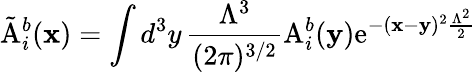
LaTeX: \tilde{\mathrm{A}}_{i}^{b}({\mathbf x})=\int d^{3}y\, {\frac{\Lambda^{3}}{(2\pi)^{3/2}}}\mathrm{A}_{i}^{b}({\mathbf y})\mathrm{e}^{-({\mathbf x}-{\mathbf y})^{2}{\frac{\Lambda^{2}}{2}}}